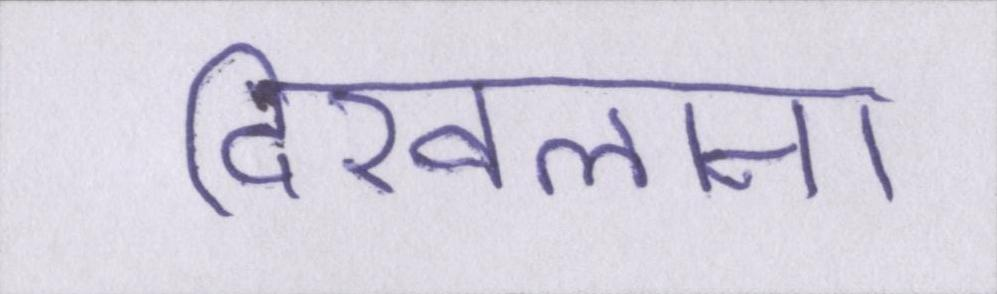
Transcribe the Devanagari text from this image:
दिखलाना